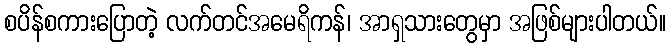
စပိန်စကားပြောတဲ့ လက်တင်အမေရိကန်၊ အာရှသားတွေမှာ အဖြစ်များပါတယ်။